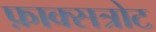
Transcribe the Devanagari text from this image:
फ़ाक्सत्रोट